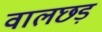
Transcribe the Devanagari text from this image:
वालछड़